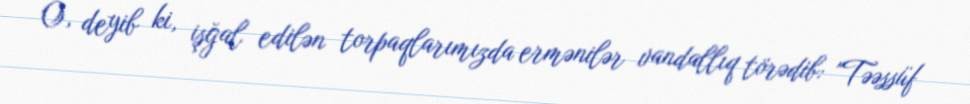
O, deyib ki, işğal edilən torpaqlarımızda ermənilər vandallıq törədib: "Təəssüf